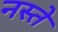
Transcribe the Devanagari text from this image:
नस्ते